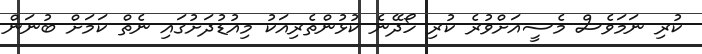
ކުރި ނަމަވެސް މެސީއަށްވުރެ ކުރި ހޯދޭނެ ކުޅުންތެރިއަކު މިއުޑުދަށުގައި ނެތް ކަމަށް ބުނަން